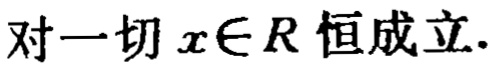
对一切 \(x\in R\) 恒成立.